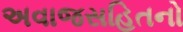
અવાજસહિતનો